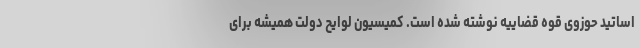
اساتید حوزوی قوه قضاییه نوشته شده است. کمیسیون لوایح دولت همیشه برای